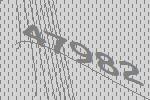
47982